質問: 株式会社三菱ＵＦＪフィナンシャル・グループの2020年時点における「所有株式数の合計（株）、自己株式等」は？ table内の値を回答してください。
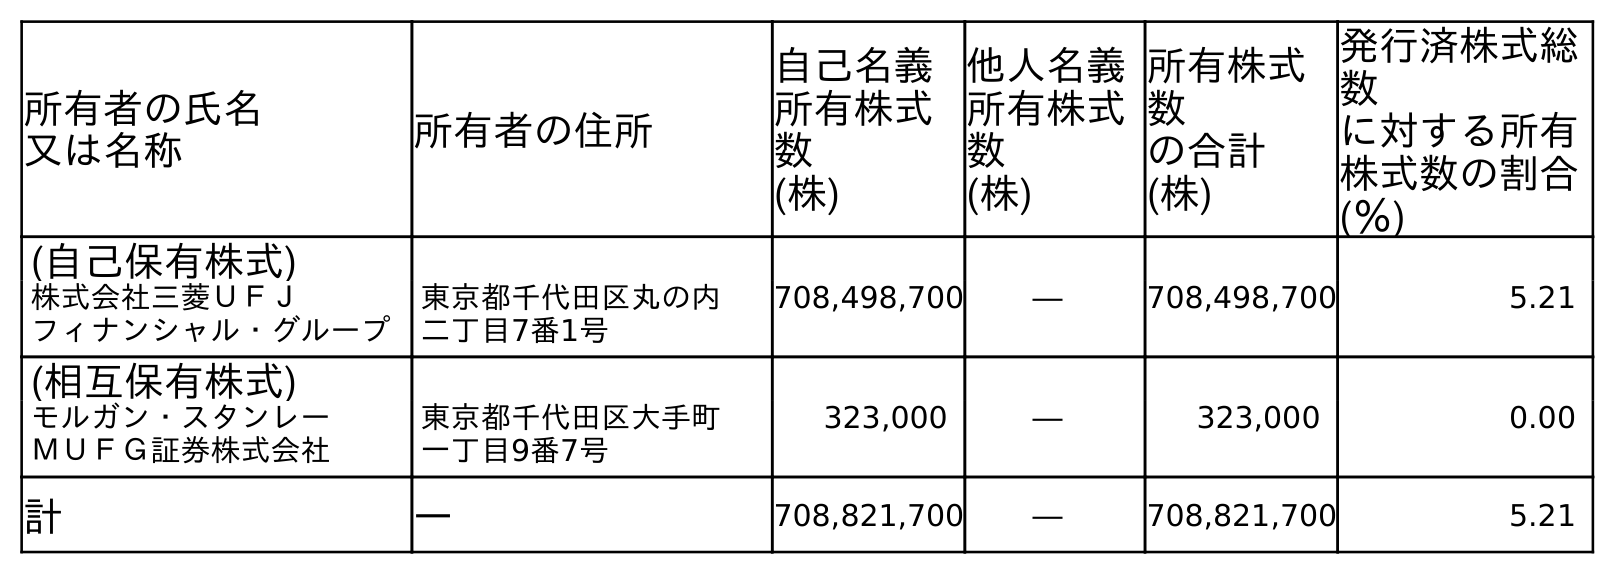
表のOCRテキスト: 所有者の氏名 又は名称 所有者の住所 自己名義 所有株式 数 (株) 他人名義 所有株式 数 (株) 所有株式 数 の合計 (株) 発行済株式総 数 に対する所有 株式数の割合 (％) (自己保有株式) 株式会社三菱ＵＦＪ フィナンシャル・グループ 東京都千代田区丸の内 二丁目7番1号 708,498,700 ― 708,498,700 5.21 (相互保有株式) モルガン・スタンレー ＭＵＦＧ証券株式会社 東京都千代田区大手町 一丁目9番7号 323,000 ― 323,000 0.00 計 ― 708,821,700 ― 708,821,700 5.21
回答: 708,821,700